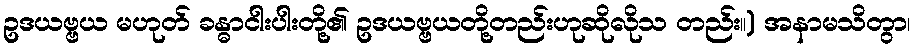
ဥဒယဗ္ဗယ မဟုတ် ခန္ဓာငါးပါးတို့၏ ဥဒယဗ္ဗယတို့တည်းဟုဆိုလိုသ တည်း။) အနာမသိတွာ၊